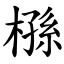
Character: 槂